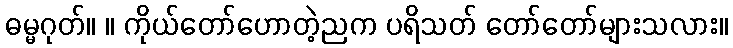
ဓမ္မဂုတ်။ ။ ကိုယ်တော်ဟောတဲ့ညက ပရိသတ် တော်တော်များသလား။